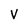
Character: v